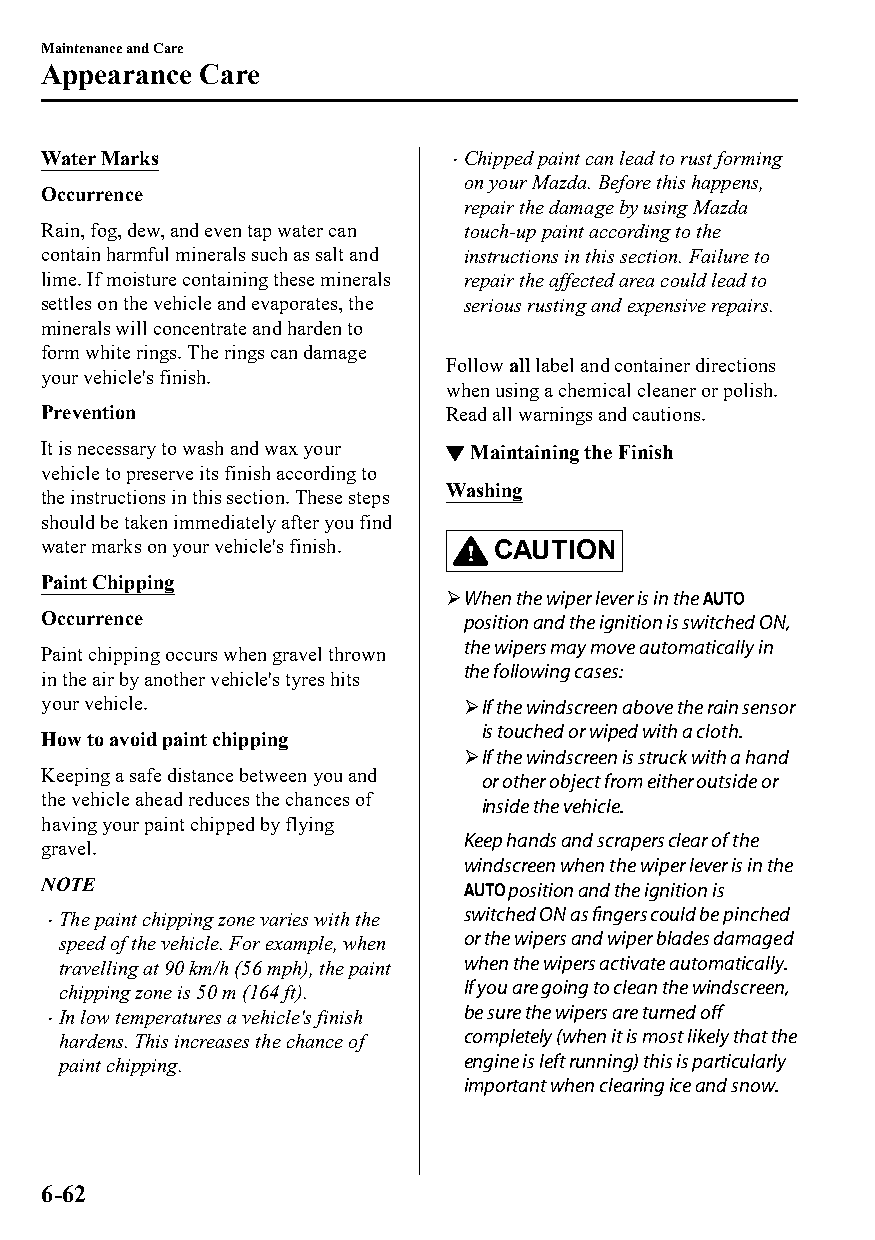
Maintenance and Care
 Appearance Care
 Water Marks                 Chipped paint can lead to rust forming
 
 on your Mazda. Before this happens,
 Occurrence
 repair the damage by using Mazda
 Rain, fog, dew, and even tap water can touch-up paint according to the
 contain harmful minerals such as salt and instructions in this section. Failure to
 lime. If moisture containing these minerals repair the affected area could lead to
 settles on the vehicle and evaporates, the serious rusting and expensive repairs.
 minerals will concentrate and harden to
 form white rings. The rings can damage
 Follow all label and container directions
 your vehicle's finish.
 when using a chemical cleaner or polish.
 Prevention                 Read all warnings and cautions.
 It is necessary to wash and wax your ▼Maintaining the Finish
 vehicle to preserve its finish according to
 Washing
 the instructions in this section. These steps
 should be taken immediately after you find
 water marks on your vehicle's finish. CAUTION
 Paint Chipping
 When the wiper lever is in the
 Occurrence                  position and the ignition is switched ON,
 the wipers may move automatically in
 Paint chipping occurs when gravel thrown
 the following cases:
 in the air by another vehicle's tyres hits
 your vehicle.               If the windscreen above the rain sensor
 is touched or wiped with a cloth.
 How to avoid paint chipping
 If the windscreen is struck with a hand
 Keeping a safe distance between you and or other object from either outside or
 the vehicle ahead reduces the chances of
 inside the vehicle.
 having your paint chipped by flying
 Keep hands and scrapers clear of the
 gravel.
 windscreen when the wiper lever is in the
 NOTE                           position and the ignition is
 The paint chipping zone varies with the switched ON as fingers could be pinched
 
 speed of the vehicle. For example, when or the wipers and wiper blades damaged
 travelling at 90 km/h (56 mph), the paint when the wipers activate automatically.
 chipping zone is 50 m (164 ft). If you are going to clean the windscreen,
 In low temperatures a vehicle's finish be sure the wipers are turned off
 
 hardens. This increases the chance of completely (when it is most likely that the
 paint chipping.           engine is left running) this is particularly
 important when clearing ice and snow.
 6-62
 CX-3_8GT4-EE-18D_Edition4                  2018-9-6 18:32:19